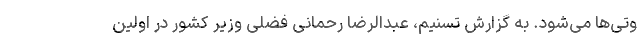
وتی‌ها می‌شود. به گزارش تسنیم، عبدالرضا رحمانی فضلی وزیر کشور در اولین